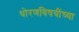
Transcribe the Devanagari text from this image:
धोरणविषयींच्या